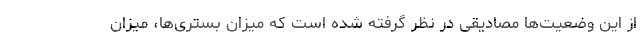
از این وضعیت‌ها مصادیقی در نظر گرفته شده است که میزان بستری‌ها، میزان